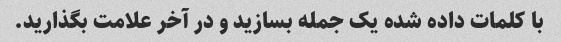
با کلمات داده شده یک جمله بسازید و در آخر علامت بگذارید.